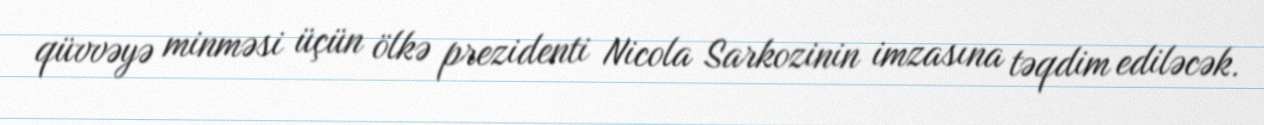
qüvvəyə minməsi üçün ölkə prezidenti Nicola Sarkozinin imzasına təqdim ediləcək.